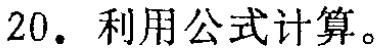
20. 利用公式计算。